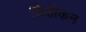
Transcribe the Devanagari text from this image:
शिडोकन